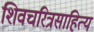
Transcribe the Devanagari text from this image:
शिवचरित्रसाहित्य